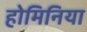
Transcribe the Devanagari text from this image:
होमिनिया